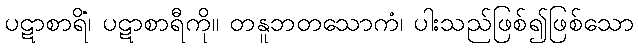
ပဋာစာရိံ၊ ပဋာစာရီကို။ တနူဘတသောကံ၊ ပါးသည်ဖြစ်၍ဖြစ်သော